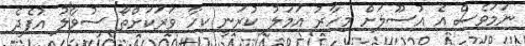
ނަމަވެސް އެ އުސޫލަށް މިހާރު އަމަލު ކުރަނީ ކިހާ ވަރަކަށްތޯ ސުވާލު އުފެދެ